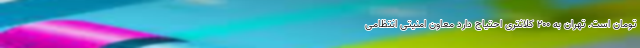
تومان است. تهران به 200 کلانتری احتیاج دارد معاون امنیتی انتظامی